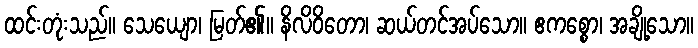
ထင်းတုံးသည်။ သေယျော၊ မြတ်၏။ နိလိဝိတော၊ ဆယ်တင်အပ်သော။ ဧကစ္စော၊ အချို့သော။